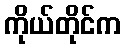
ကိုယ်တိုင်က